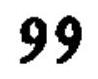
\(99\)